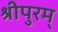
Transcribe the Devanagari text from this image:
श्रीपुरम्